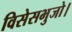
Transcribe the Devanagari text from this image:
विसेसभुजो।